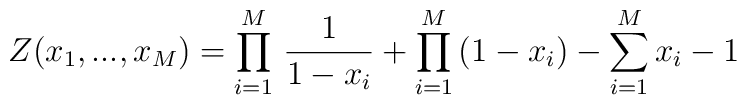
Z(x_1,...,x_M) = \prod^{M}_{i=1} \, \frac{1}{1-x_i} + \prod^{M}_{i=1} \, (1 - x_i) - \sum_{i=1}^M x_i -1